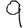
Digit: 9